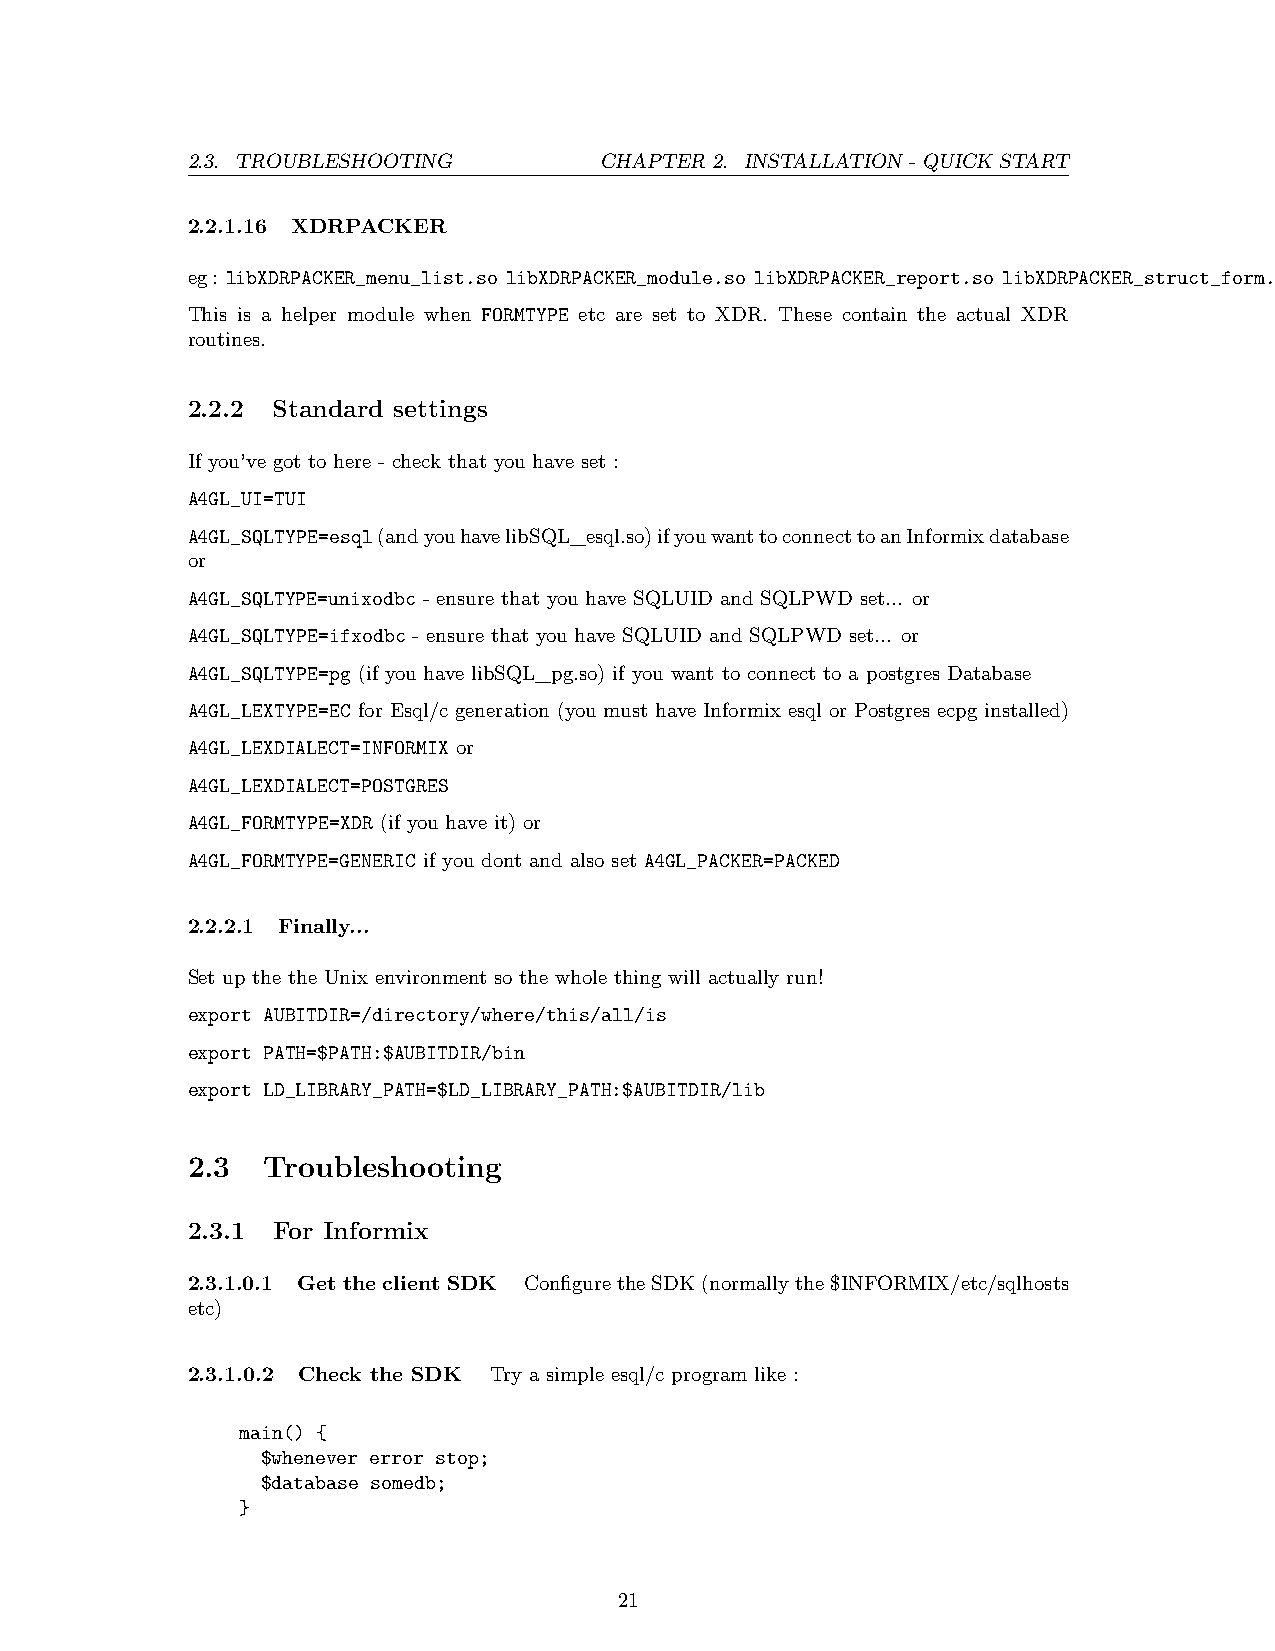
2.3. TROUBLESHOOTING        CHAPTER 2. INSTALLATION - QUICK START
 2.2.1.16 XDRPACKER
 eg: libXDRPACKER_menu_list.so libXDRPACKER_module.so libXDRPACKER_report.so libXDRPACKER_struct_form.so
 This is a helper module when FORMTYPE etc are set to XDR. These contain the actual XDR
 routines.
 2.2.2 Standard settings
 If you’ve got to here - check that you have set :
 A4GL_UI=TUI
 A4GL_SQLTYPE=esql(andyouhavelibSQL_esql.so)ifyouwanttoconnecttoanInformixdatabase
 or
 A4GL_SQLTYPE=unixodbc - ensure that you have SQLUID and SQLPWD set... or
 A4GL_SQLTYPE=ifxodbc - ensure that you have SQLUID and SQLPWD set... or
 A4GL_SQLTYPE=pg (if you have libSQL_pg.so) if you want to connect to a postgres Database
 A4GL_LEXTYPE=EC for Esql/c generation (you must have Informix esql or Postgres ecpg installed)
 A4GL_LEXDIALECT=INFORMIX or
 A4GL_LEXDIALECT=POSTGRES
 A4GL_FORMTYPE=XDR (if you have it) or
 A4GL_FORMTYPE=GENERIC if you dont and also set A4GL_PACKER=PACKED
 2.2.2.1 Finally...
 Set up the the Unix environment so the whole thing will actually run!
 export AUBITDIR=/directory/where/this/all/is
 export PATH=$PATH:$AUBITDIR/bin
 export LD_LIBRARY_PATH=$LD_LIBRARY_PATH:$AUBITDIR/lib
 2.3  Troubleshooting
 2.3.1 For Informix
 2.3.1.0.1 Get the client SDK ConfiguretheSDK(normallythe$INFORMIX/etc/sqlhosts
 etc)
 2.3.1.0.2 Check the SDK Try a simple esql/c program like :
 main() {
 $whenever error stop;
 $database somedb;
 }
 21